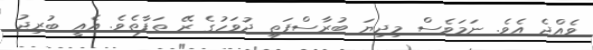
ވެއްޖެ އެވެ. ނަމަވެސް މިދިޔަ ބުރާސްފަތި ދުވަހުގެ ރޭ ތަފާތެވެ. އެއީ ބުރިޖު